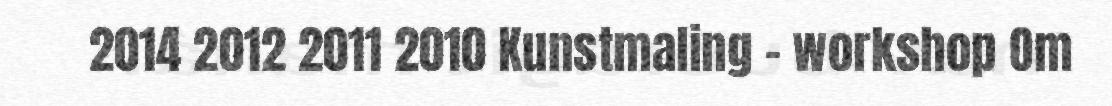
2014 2012 2011 2010 Kunstmaling - workshop Om